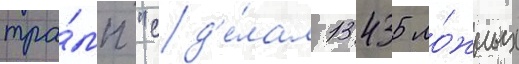
тра́мп "сд'е́лал 13435 ло́жных